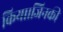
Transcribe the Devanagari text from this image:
किया।जिनकी